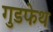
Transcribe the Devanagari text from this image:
गुडफेथ